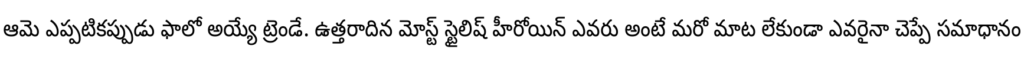
ఆమె ఎప్పటికప్పుడు ఫాలో అయ్యే ట్రెండే. ఉత్తరాదిన మోస్ట్ స్టైలిష్ హీరోయిన్ ఎవరు అంటే మరో మాట లేకుండా ఎవరైనా చెప్పే సమాధానం